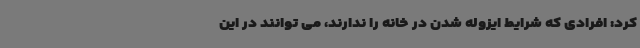
کرد: افرادی که شرایط ایزوله شدن در خانه را ندارند، می توانند در این